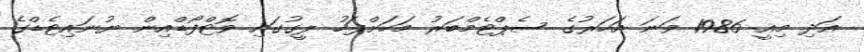
އަދި މިއީ 1986 ވަނަ އަހަރުގެ ސެޕްޓެމްބަރު މަހަށްފަހު ލީގުގައި ވޮޓްފޯޑްއިން ޔުނައިޓެޑްގެ